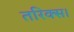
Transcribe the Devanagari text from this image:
तरिक्स।